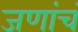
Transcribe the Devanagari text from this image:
जणांचं